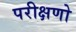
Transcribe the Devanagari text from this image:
परीक्षणो